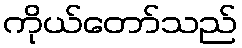
ကိုယ်တော်သည်